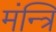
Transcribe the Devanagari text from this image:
मंन्त्रि